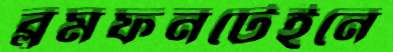
ব্লুমফনটেইনে